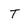
Character: T